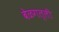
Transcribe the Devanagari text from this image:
बेळगल्ली